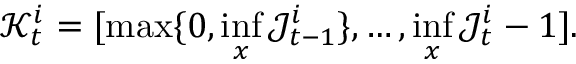
\mathcal { K } _ { t } ^ { i } = [ \operatorname* { m a x } \{ 0 , \operatorname* { i n f } _ { x } \mathcal { J } _ { t - 1 } ^ { i } \} , \ldots , \operatorname* { i n f } _ { x } \mathcal { J } _ { t } ^ { i } - 1 ] .